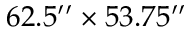
6 2 . 5 ^ { \prime \prime } \times 5 3 . 7 5 ^ { \prime \prime }